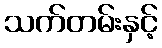
သက်တမ်းနှင့်